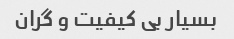
بسیار بی کیفیت و گران